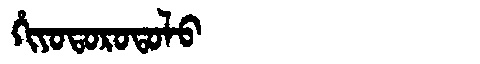
Manchu: ᡥᡳᠶᠣᡨᠣᡵᠣᡨᠣᠯᠣ
Romanization: HIYOTOROTOLO